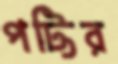
পট্টির